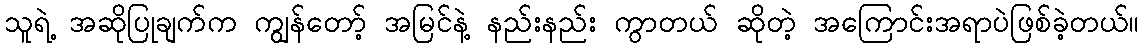
သူရဲ့ အဆိုပြုချက်က ကျွန်တော့် အမြင်နဲ့ နည်းနည်း ကွာတယ် ဆိုတဲ့ အကြောင်းအရာပဲဖြစ်ခဲ့တယ်။